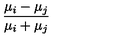
{ \frac { \mu _ { i } - \mu _ { j } } { \mu _ { i } + \mu _ { j } } }